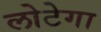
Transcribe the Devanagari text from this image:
लोटेगा